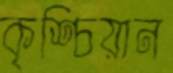
কৃশ্চিয়ান